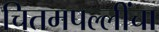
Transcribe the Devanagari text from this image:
चितमपल्लींचा